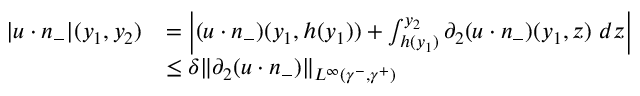
\begin{array} { r l } { | u \cdot n _ { - } | ( y _ { 1 } , y _ { 2 } ) } & { = \left| ( u \cdot n _ { - } ) ( y _ { 1 } , h ( y _ { 1 } ) ) + \int _ { h ( y _ { 1 } ) } ^ { y _ { 2 } } \partial _ { 2 } ( u \cdot n _ { - } ) ( y _ { 1 } , z ) \ d z \right| } \\ & { \leq \delta \| \partial _ { 2 } ( u \cdot n _ { - } ) \| _ { L ^ { \infty } ( \gamma ^ { - } , \gamma ^ { + } ) } } \end{array}